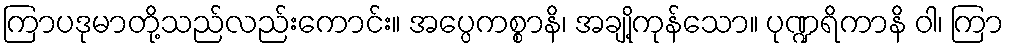
ကြာပဒုမာတို့သည်လည်းကောင်း။ အပ္ပေကစ္စာနိ၊ အချို့ကုန်သော။ ပုဏ္ဍရိကာနိ ဝါ၊ ကြာ